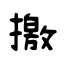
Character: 撽